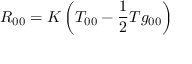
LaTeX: R _ { 0 0 } = K \left( T _ { 0 0 } - { \frac { 1 } { 2 } } T g _ { 0 0 } \right)